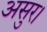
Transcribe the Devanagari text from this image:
असुर।